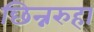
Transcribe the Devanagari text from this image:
छिन्नरुहा